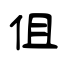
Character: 伹